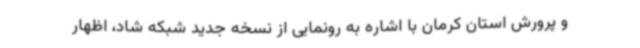
و پرورش استان کرمان با اشاره به رونمایی از نسخه جدید شبکه شاد، اظهار